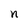
Character: n